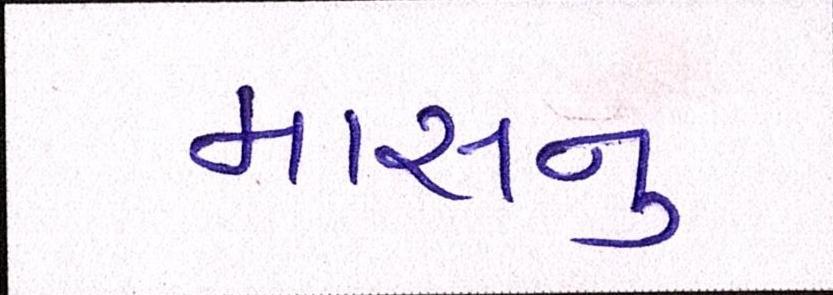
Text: માસનુ